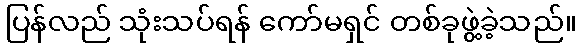
ပြန်လည် သုံးသပ်ရန် ကော်မရှင် တစ်ခုဖွဲ့ခဲ့သည်။